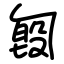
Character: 匓